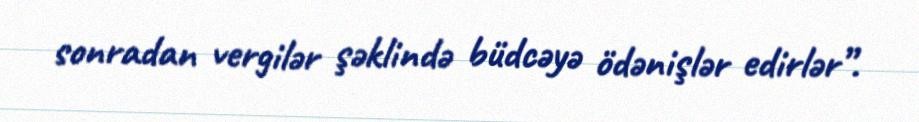
sonradan vergilər şəklində büdcəyə ödənişlər edirlər”.